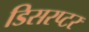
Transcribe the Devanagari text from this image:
डिसरप्टर